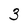
Character: 3